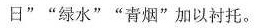
日” ”绿水” ”青烟”加以衬托。